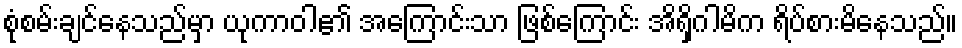
စုံစမ်းချင်နေသည်မှာ ယုကာဝါ၏ အကြောင်းသာ ဖြစ်ကြောင်း အိရှိဂါမိက ရိပ်စားမိနေသည်။